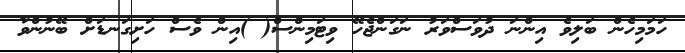
ހަމަމިހެން ބަލިވެ އިންނަ ދުވަސްވަރު ނަގަންޖެހޭ ވިޓަމިންސް( )އިން ވެސް ހަށިގަނޑަށް ބޭނުންވާ